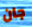
جان